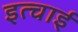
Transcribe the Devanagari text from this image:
इत्चाई